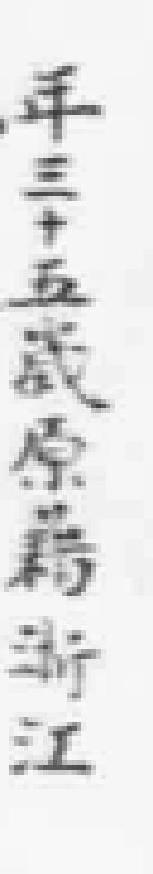
年三十五歲原籍浙江